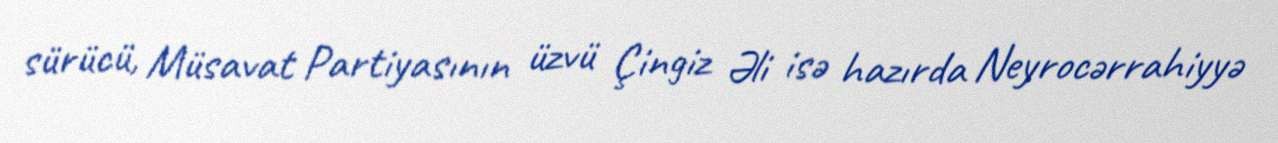
sürücü, Müsavat Partiyasının üzvü Çingiz Əli isə hazırda Neyrocərrahiyyə